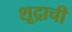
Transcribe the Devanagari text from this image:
शूद्राची